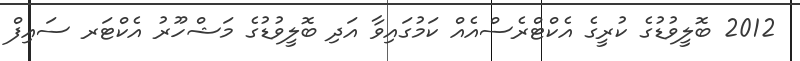
2012 ބޮލީވުޑުގެ ކުރީގެ އެކްޓްރެސްއެއް ކަމުގައިވާ އަދި ބޮލީވުޑުގެ މަޝްހޫރު އެކްޓަރ ސައިފް